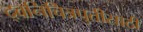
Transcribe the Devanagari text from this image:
द्वनिचित्रपुतीसाठी